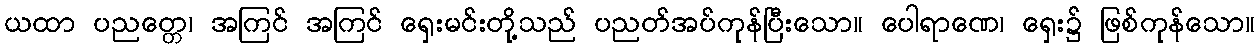
ယထာ ပညတ္တေ၊ အကြင် အကြင် ရှေးမင်းတို့သည် ပညတ်အပ်ကုန်ပြီးသော။ ပေါရာဏေ၊ ရှေး၌ ဖြစ်ကုန်သော။